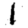
Digit: 1